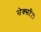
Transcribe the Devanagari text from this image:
सेक्सटैंट।